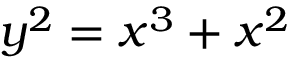
y ^ { 2 } = x ^ { 3 } + x ^ { 2 }